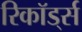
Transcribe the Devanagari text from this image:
रिकॉड्‌र्स